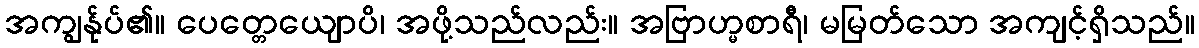
အကျွန်ုပ်၏။ ပေတ္တေယျောပိ၊ အဖို့သည်လည်း။ အဗြာဟ္မစာရီ၊ မမြတ်သော အကျင့်ရှိသည်။